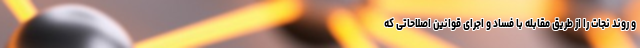
و روند نجات را از طریق مقابله با فساد و اجرای قوانین اصلاحاتی که